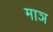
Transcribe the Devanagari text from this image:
माञ